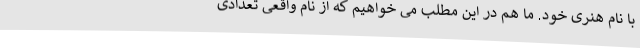
با نام هنری خود. ما هم در این مطلب می خواهیم که از نام واقعی تعدادی